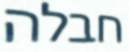
חבלה